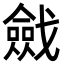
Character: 𢨔